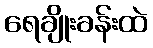
ရေချိုးခန်းထဲ